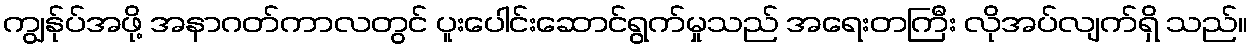
ကျွန်ုပ်အဖို့ အနာဂတ်ကာလတွင် ပူးပေါင်းဆောင်ရွက်မှုသည် အရေးတကြီး လိုအပ်လျက်ရှိ သည်။